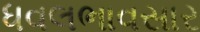
ધવલભાવસાર